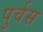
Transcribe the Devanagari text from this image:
पुर्वस